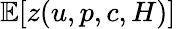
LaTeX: \mathbb{E}[z(u,p,c,H)]